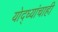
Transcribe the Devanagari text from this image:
योद्ध्यांचाही